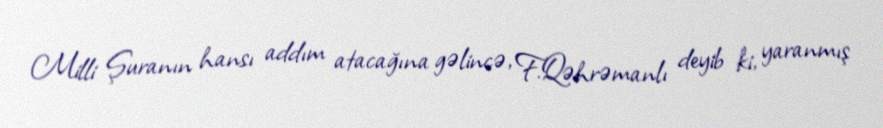
Milli Şuranın hansı addım atacağına gəlincə, F.Qəhrəmanlı deyib ki, yaranmış